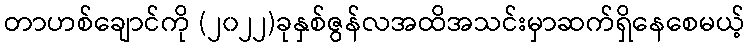
တာဟစ်ချောင်ကို (၂၀၂၂)ခုနှစ်ဇွန်လအထိအသင်းမှာဆက်ရှိနေစေမယ့်